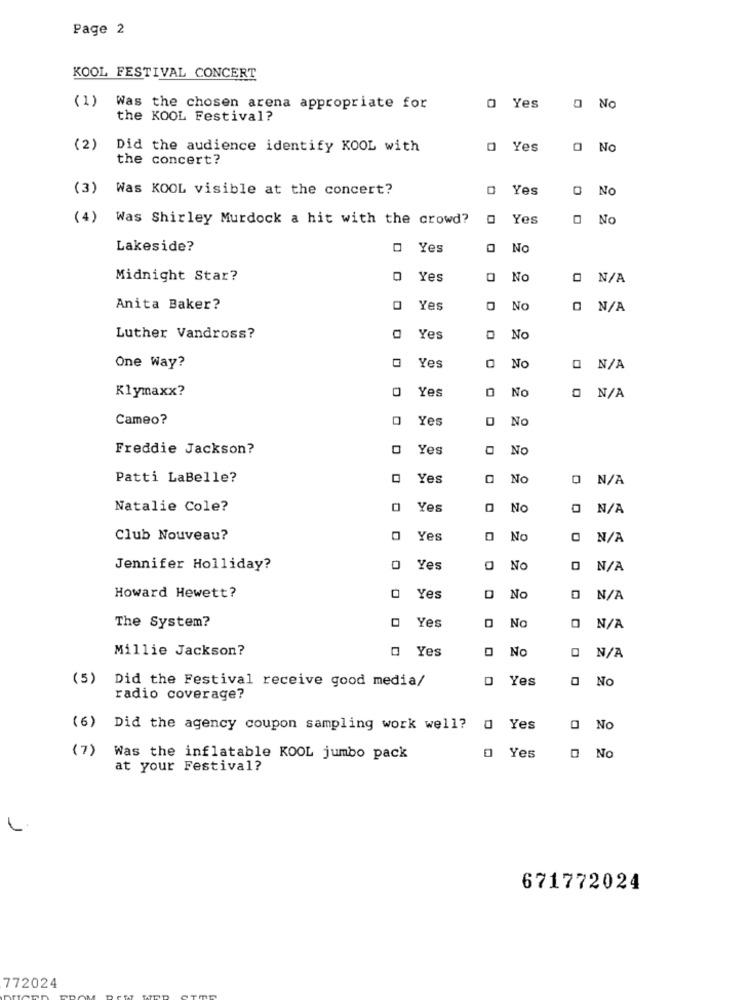
Page 2
KOOL FESTIVAL CONCERT
(1)
Was the chosen arena appropriate for
0 Yes
O No
the KOOL Festival?
(2)
Did the audience identify KOOL with
0 Yes
O No
the concert?
(3)
Was KOOL visible at the concert?
O Yes
O No
(4)
Was Shirley Murdock a hit with the crowd?
0 Yes
O No
Lakeside?
Yes
No
Midnight Star?
Yes
No
O N/A
Anita Baker?
Yes
No
O N/A
Luther Vandross?
Yes
No
One Way?
Yes
No
O N/A
Klymaxx?
Yes
0
No
Cameo?
Yes
No
Freddie Jackson?
0
Yes
No
Patti LaBelle?
Yes
No
Natalie Cole?
Yes
No
Club Nouveau?
Yes
No
Jennifer Holliday?
Yes
No
Howard Hewett?
Yes
No
The System?
Yes
No
Millie Jackson?
O Yes
No
(5) Did the Festival receive good media/
Yes
No
radio coverage?
(6)
Did the agency coupon sampling work well? 0 Yes
(7)
Yes
Was the inflatable KOOL jumbo pack
O No
at your Festival?
671772024
772024